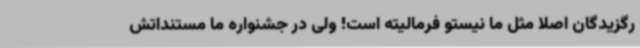
رگزیدگان اصلا مثل ما نیستو فرمالیته است! ولی در جشنواره ما مستنداتش